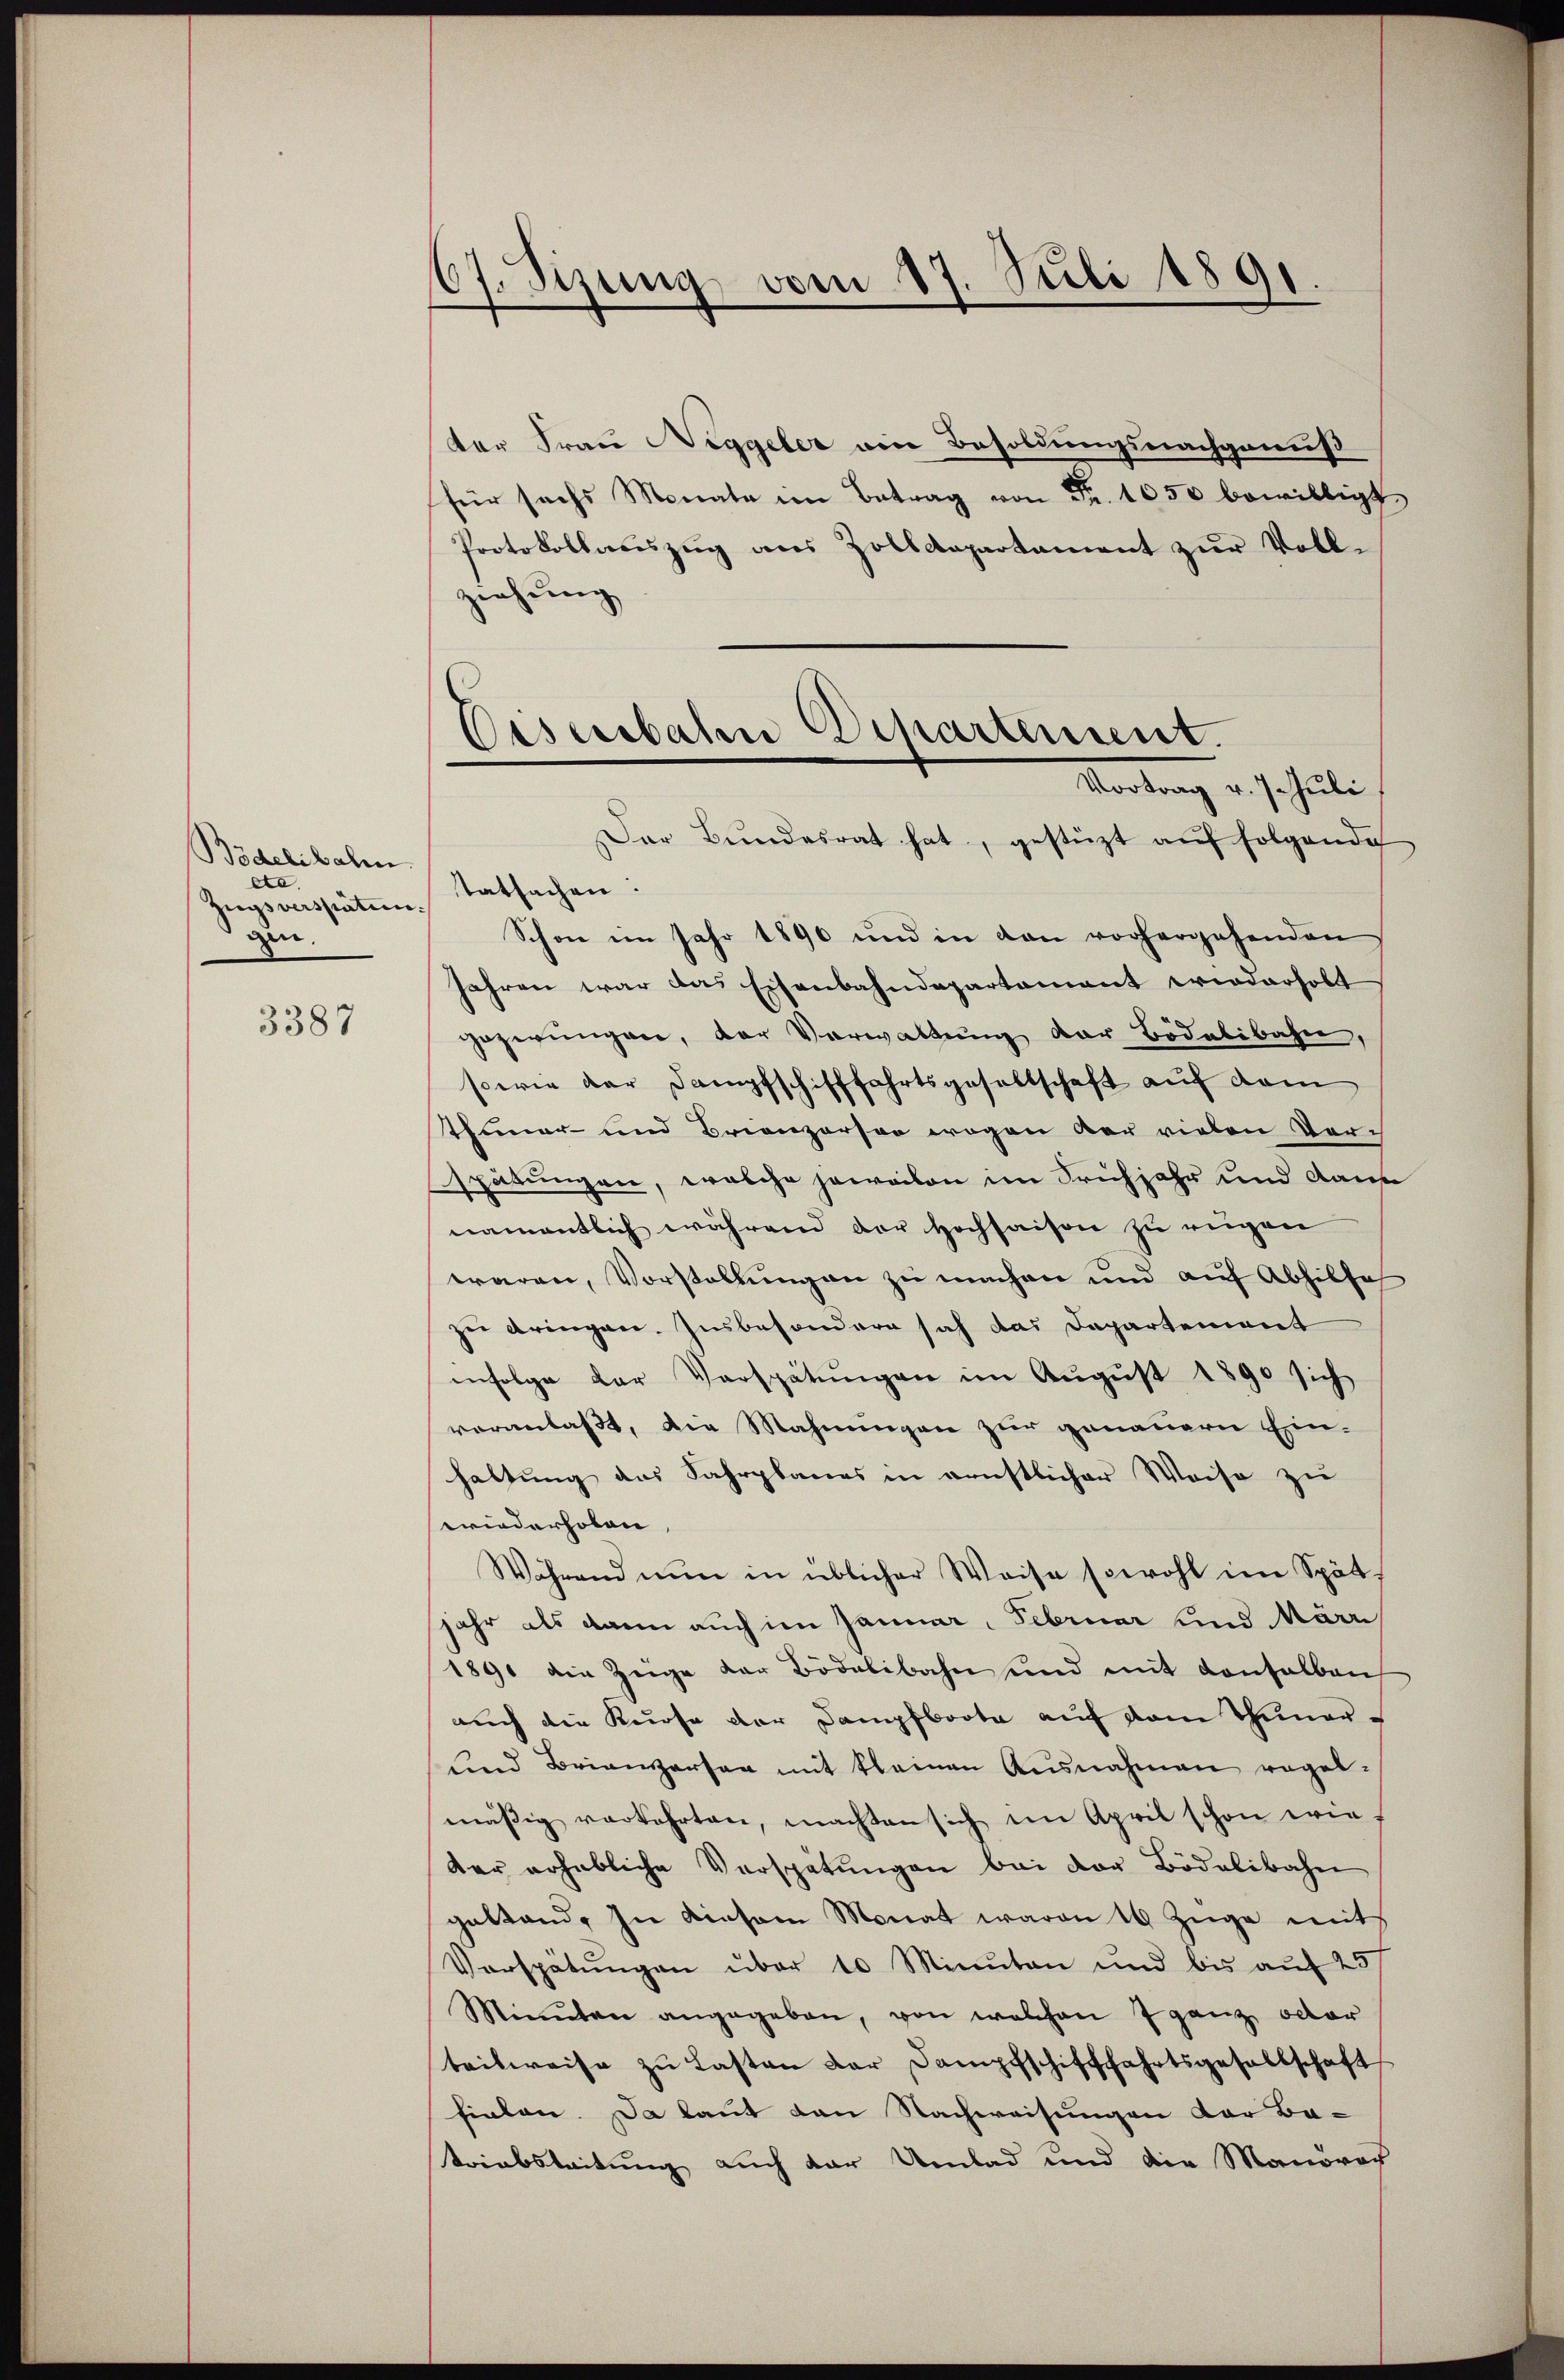
Bödelibalen
cta.
Zugsverspäten.
gen.

3387

37. Sizung vom 17. Juli 1891.

Oeserbahn Departement.
Mortung v. schule,

der Frau Neggeler ein Besoldungsnachgenuß
für sechs Monate im Betrag von Fr. 1650 bewilligt
Protokollauszug aus Zolldepartament zur Voll-
ziehung
Der Bŭndesrat hat, gestüzt auf folgende
tatsachen:
Schon im Jahr 1890 und in den vorhergehenden
Jahren war das Eisenbahndepartement wiederholt
gezwungen, der Verwaltung der Bidelibahn,
serie der Dampfschifffahrtsgesellschaft auf dem
Thuner- und Brienzerson wegen der vielen Ver-
spätungen, welche jeweilen im Frühjahr und Rau
namentlich während der Hochsaison zu rugen
waren, Vorstellungen zu machen und auf Abhilfe
zu bringen. Insbesondere sah das Departement
infolge der Verspätungen im August 1890 sich
veranlaßt, die Mahnungen zur genauern Einhaltung des Fahrplanes in ernstlicher Weise zu
wiederholen
Während nun in üblicher Weise sowohl im Spät-
jahr als dann auch im Januar. Februar und Märri
1891 die Züge der Bodelibahn und mit vonselben
auch die Kurse der Dampfboote auf dem Thuner¬
und Brienzarten mit kleinen Ausnahmen regel-
mäßig verkehrten, machten sich im April schon wie
der erhebliche Verspätŭngen bei der Bödelibahn
gestand. In diesem Monat waren 10 Züge mit
Verspätŭngen über 10 Minuten und bis auf 25
Minuten angegeben, von welchen 7 ganz oder
teilweise zu Lasten der Dampfschifffahrtsgesellschaft
finten. Da laut den Nachweisungen vor Ba-
triabsleitung auch der Umlad und die Manövach